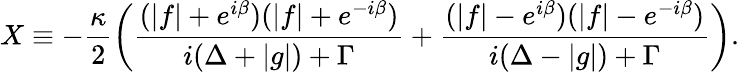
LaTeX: X\equiv-\frac{\kappa}{2}\left(\frac{(|f|+e^{i\beta})(|f|+e^{-i\beta})}{i(\Delta+|g|)+\Gamma}+\frac{(|f|-e^{i\beta})(|f|-e^{-i\beta})}{i(\Delta-|g|)+\Gamma}\right).